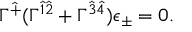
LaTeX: \Gamma ^ { \hat { + } } ( \Gamma ^ { \hat { 1 } \hat { 2 } } + \Gamma ^ { \hat { 3 } \hat { 4 } } ) \epsilon _ { \pm } = 0 .